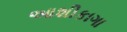
આશીકાગા